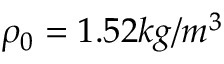
\rho _ { 0 } = 1 . 5 2 k g / m ^ { 3 }